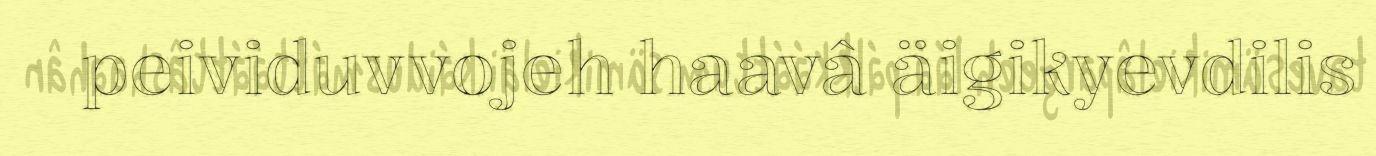
peividuvvojeh haavâ äigikyevdilis